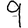
Digit: 9